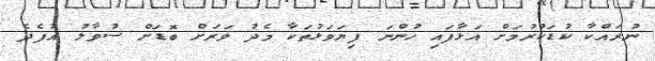
ނުރައްކާ ކުޑަކުރުމަށް އަޅާފައި ހުންނަ ފިޔަވަޅުތަކާ މެދު ވަރަށް ބޮޑަށް ސުވާލު އުފެދެ